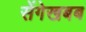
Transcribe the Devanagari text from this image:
सेंगेखबब